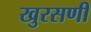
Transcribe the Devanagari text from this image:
खुरसणी